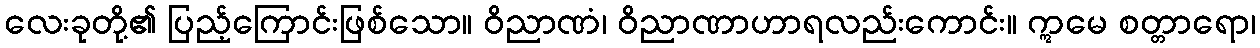
လေးခုတို့၏ ပြည့်ကြောင်းဖြစ်သော။ ဝိညာဏံ၊ ဝိညာဏာဟာရလည်းကောင်း။ ဣမေ စတ္တာရော၊